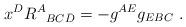
LaTeX: \begin{align*}x^DR^A{}_{BC\bar D}=-g^{AE}g_{EBC}\ .\end{align*}